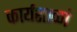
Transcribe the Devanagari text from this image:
कार्यशाळां